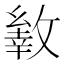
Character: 𢿐